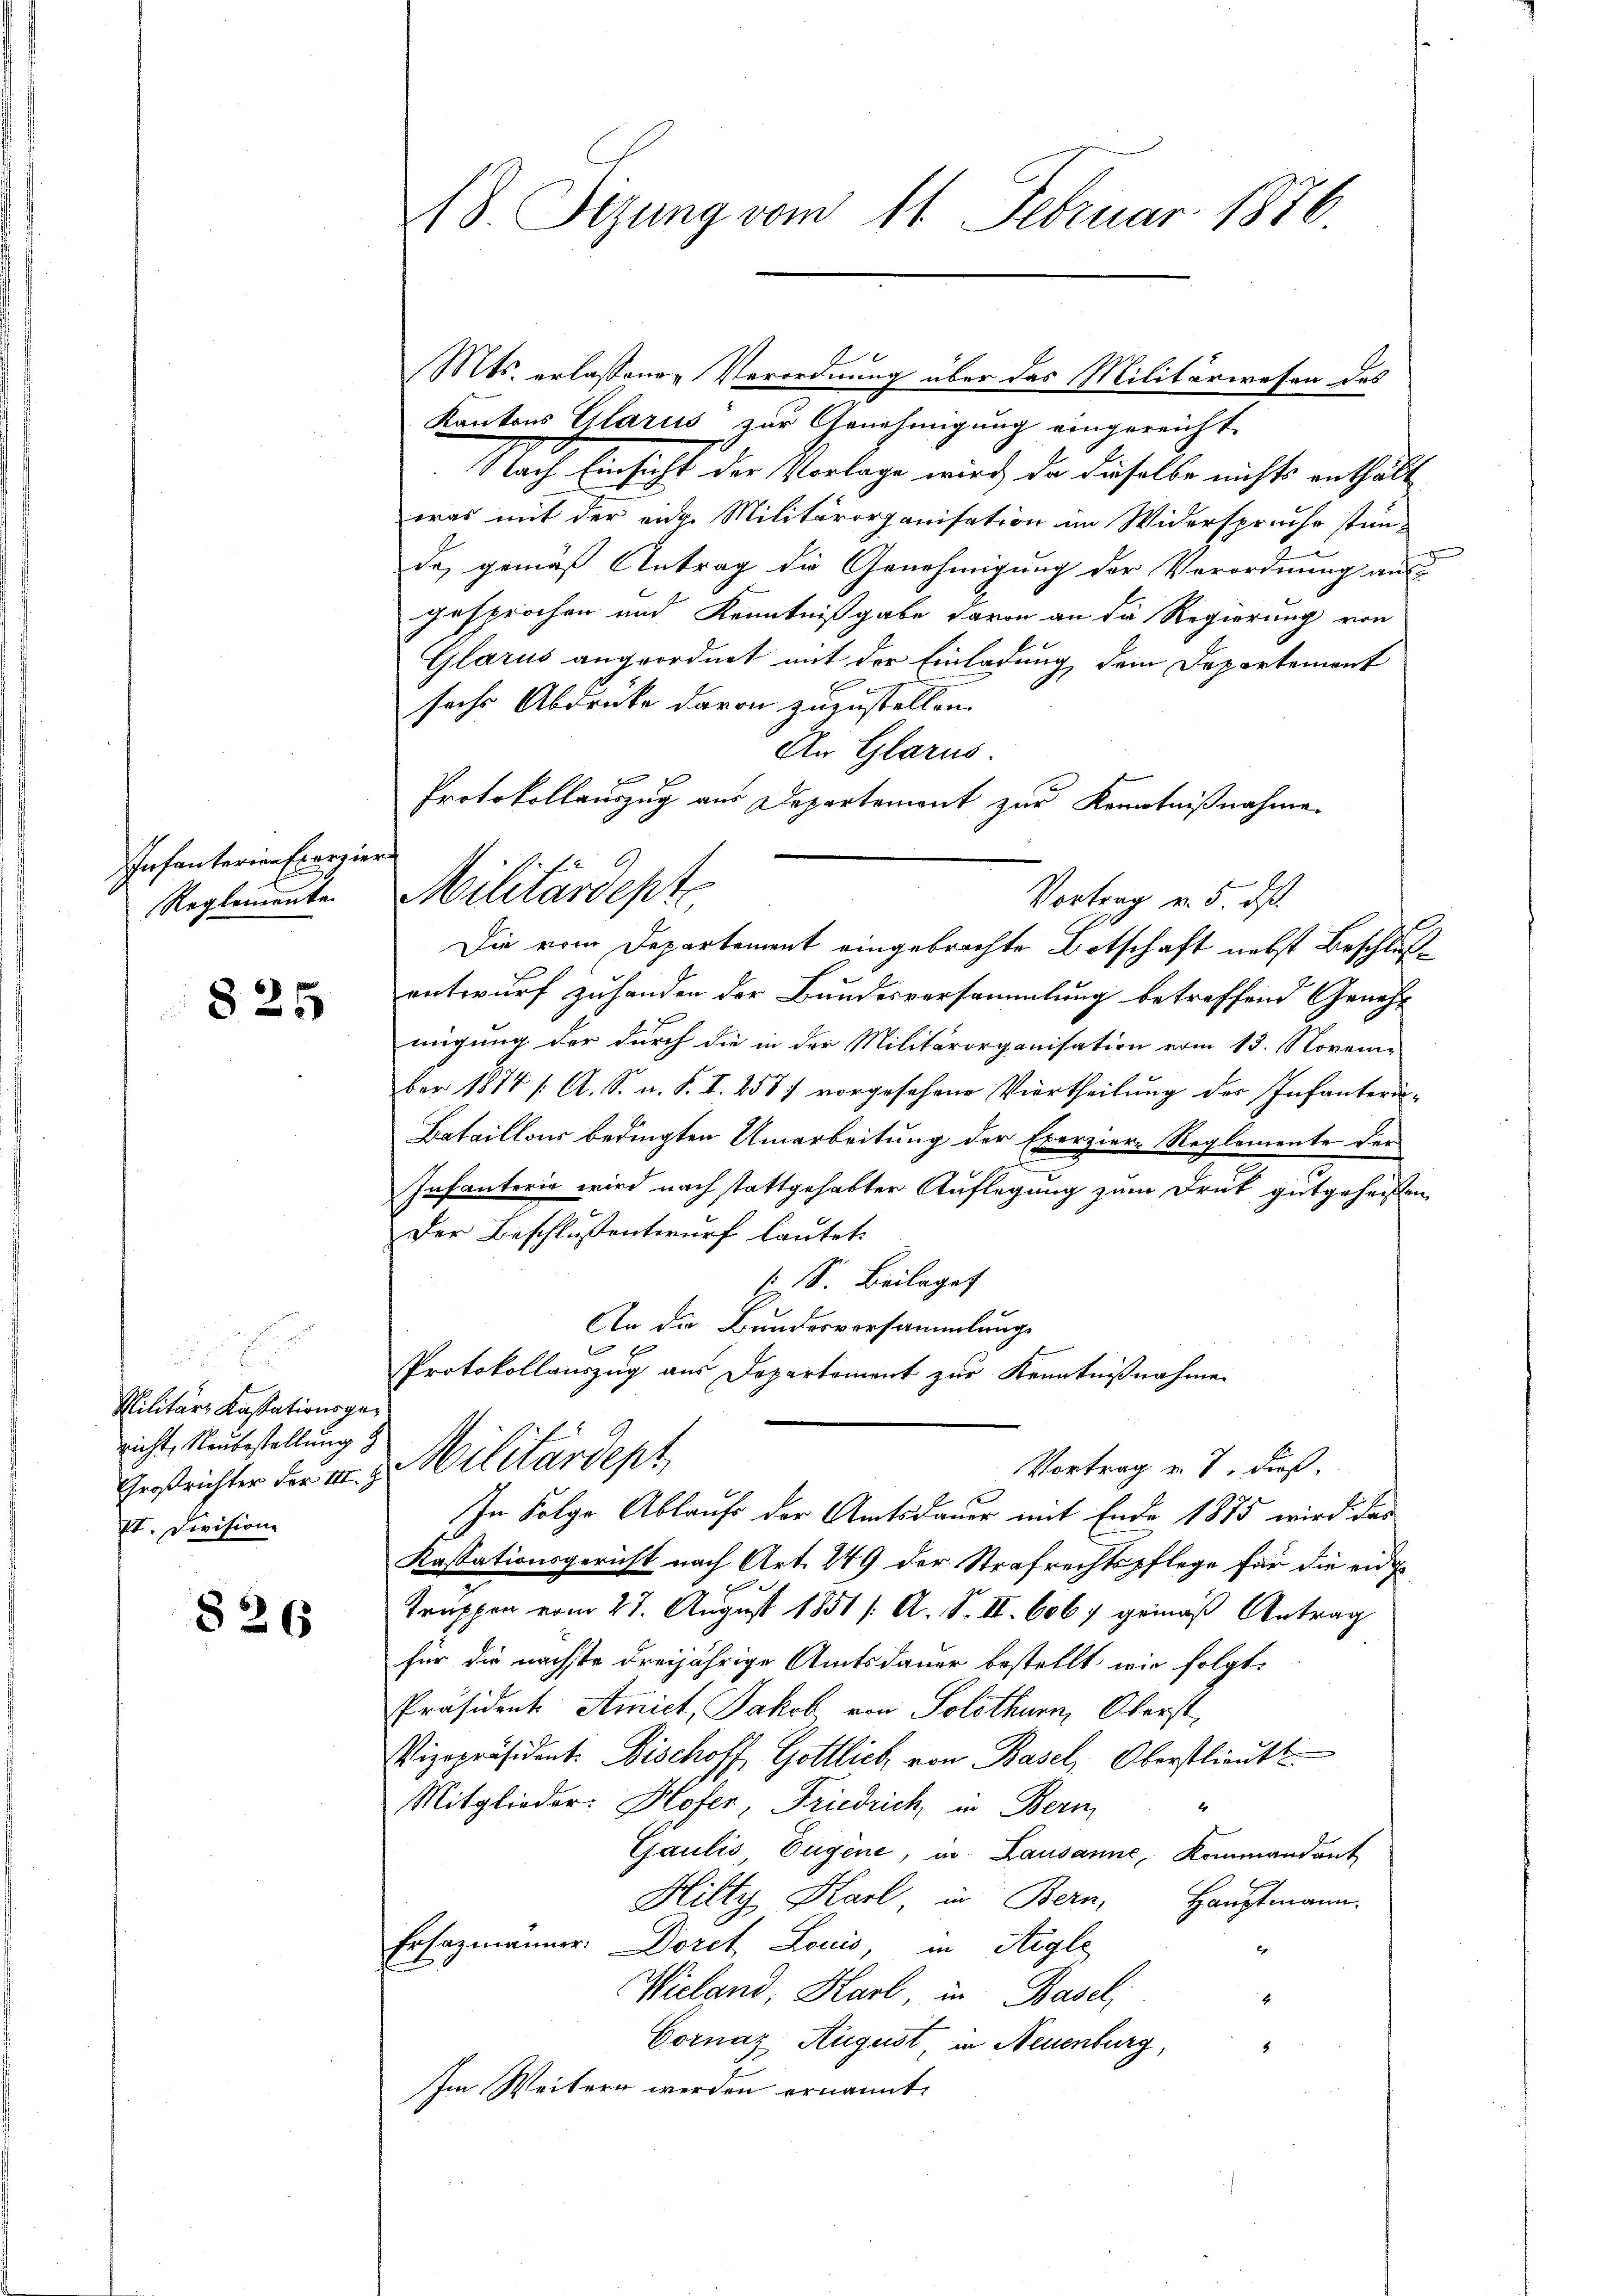
Infanterien Franzie
Reglemente.

825

Militär, Kassationsgenicht, Neubestellung z
Großrichter der III. J.
II. Divisione

826

18. Sizung vom 11. Februar 1876

Mts. erlassenen Verordnung über das Militärwesen des
Kantons Glarus zur Genehmigung eingereicht.
Nach Einsicht der Vorlage wird, da dieselbe nichts enthält
was mit der enge Militärorganisation im Widerspruche stän-
de, gemäß Antrag die Genehmigung der Verordnung aus
gesprochen und Kenntnißgabe davon an die Regierung von
Glarus angeordnet mit der Einladung dem Departement
sechs Abdrucke davon zuzustellen.
An Glarus.
p f
Protokollauszug aus Departement zur Kenntnißnahmen
e
Die vom Departement eingebrachte Botschaft nebst Beschlußentwurf zuhanden der Bundesversammlung betreffend Genehm
migung der durch die in der Militärorganisation vom 13. November 1874 /: A. S. u. S. I. 257 vorgesehene Viertheilung der Infanterin¬
Bataillons bedingten Umarbeitung der Exerzier-Reglemente der
.
Infanterie wird nach stattgehabter Auflegung zum Druk gutgeheißen
Der Beschlußentwurf lautet:
s S. Beilage
An die Bundesversammlungs
|
Protokollauszug aus Departement zur Kenntnißnahme
Militärdept
Vortrag v. 7. dieß.
In Folge Ablaufe der Amtsdauer mit Ende 1875 wird das
Kassationsgericht nach Art. 249 der Strafrechtspflege für die eid
Truppen vom 27. August 1851 /: A. S. II. 6067 gemäß Antrag
für die nächste dreijährige Amtsdauer bestellt wir folgt:
Präsident. Amict, Jakob von Solothurn, Oberst,
Vizepräsident. Bischoff Gottlich von Basel, Oberstlieutt
Mitglieder. Hofer, Friedrich, in Bern
Gaulis Eigene, in Lausanne, Kommandant
Hilty Karl in Bern,
Hauptmann.
Ersezmänner. Doret Louis, in Aigle
Wieland, Harl, in Basel,
4
Cornaz August in Neuenburg,
Im Weitern werden ernannt.

Militärdepte
Vortrag v. 5. dß.